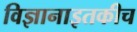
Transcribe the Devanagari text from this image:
विज्ञानाइतकीच